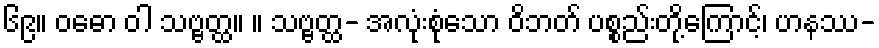
၆၉။ ဝဓော ဝါ သဗ္ဗတ္ထ။ ။ သဗ္ဗတ္ထ- အလုံးစုံသော ဝိဘတ် ပစ္စည်းတို့ကြောင့်၊ ဟနဿ-